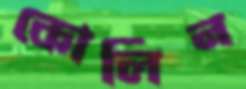
কোলিন